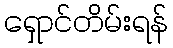
ရှောင်တိမ်းရန်